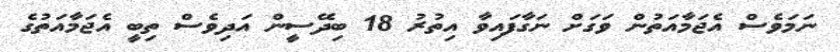
ނަމަވެސް އެޖަމާއަތުން ވަގަށް ނަގާފައިވާ އިތުރު 18 ބިދޭސީން އަދިވެސް ތިބީ އެޖަމާއަތުގެ